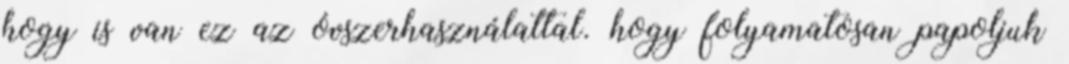
hogy is van ez az óvszerhasználattal. hogy folyamatosan papoljuk